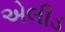
એલીડ